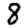
Digit: 8